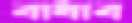
বাধাব